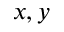
x , y